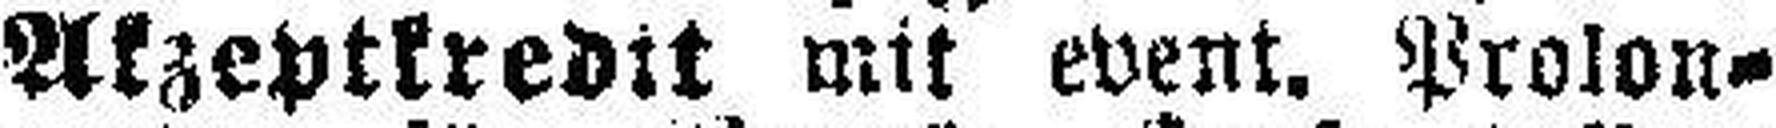
Akzeptkredit mit event. Prolon¬